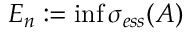
E _ { n } : = \operatorname* { i n f } \sigma _ { e s s } ( A )